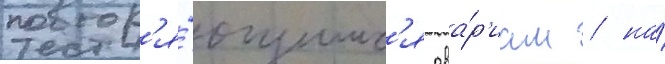
повтор'я́ющимс'я ава́р'иам / на́